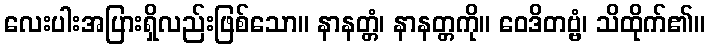
လေးပါးအပြားရှိလည်းဖြစ်သော။ နာနတ္တံ၊ နာနတ္တကို။ ဝေဒိတဗ္ဗံ၊ သိထိုက်၏။